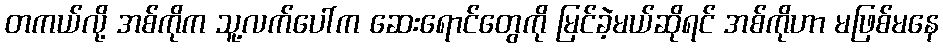
တကယ်လို့ အစ်ကိုက သူ့လက်ပေါ်က ဆေးရောင်တွေကို မြင်ခဲ့မယ်ဆိုရင် အစ်ကိုဟာ မဖြစ်မနေ